Reports on dispensaries and lunatic asylums in the Province of Oudh - 1869-1876
Year: 1869
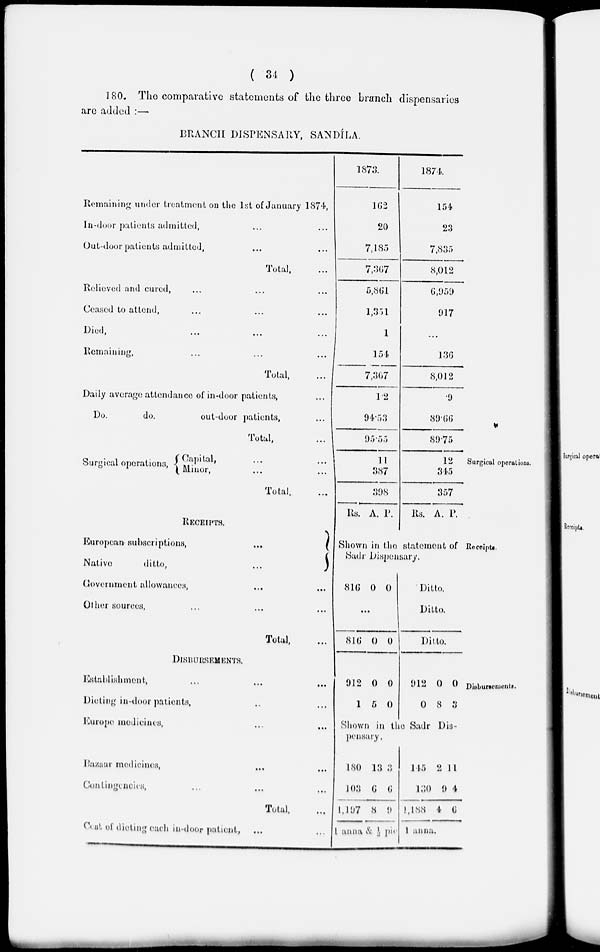
( 34 )
180. The comparative statements of the three branch dispensaries
are added :—
BRANCH DISPENSARY, SANDÍLA.
Remaining under treatment on the 1st of January 1874,
In-door patients admitted, ... ...
Out-door patients admitted, ... ...
Total, ...
Relieved and cured, ... ... ...
Ceased to attend, ... ... ...
Died, ... ... ...
Remaining, ... ... ...
Total, ...
Daily average; attendance of in-door patients, ...
Do.
do.
out-door patients, ...
Total, ...
1873.
162
20
7,185
7,367
5,861
1,351
1
154
7,367
12
94.53
95.55
1874.
154
23
7,835
8,012
6,959
917
...
136
8,012
9
39.66
89.75
Surgical operations.
Surgical operations, Capital,
...
...
Minor, ... ...
Total, ...
11
387
398
12
345
357
Receipts.
RECEIPTS.
European subscriptions,
...
Native
ditto,
...
Government allowances, ... ...
Other sources, ... ...
Total, ...
Rs. A. P. Rs. A. P.
Shown in the statement of
Sadr Dispensary.
816 0 0
...
816 0 0
Ditto.
Ditto.
Ditto.
Disbursements.
DISBURSEMENTS.
Establishment,
...
...
...
Dieting in-door patients, ... ...
Europe medicines, ... ...
Bazaar medicines, ... ...
Contingencies, ... ... ...
Total, ...
Cost of dieting each in-door patient, ... ...
912
1
0
5
0
0
912
0
0
8
0
3
Shown in the Sadr Dis-
pensary.
180
103
1,197
13
6
8
3
6
9
1 anna & ½ pie.
145
130
1,188
2
9
4
11
4
6
1 anna.